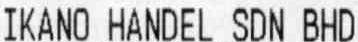
IKANO HANDEL SDN BHD